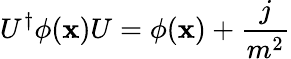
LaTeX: U^{\dagger}\phi(\mathbf{x})U=\phi(\mathbf{x})+{\frac{{j}}{{m^{2}}}}